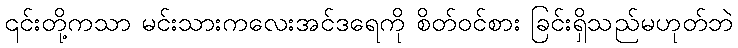
၎င်းတို့ကသာ မင်းသားကလေးအင်ဒရေကို စိတ်ဝင်စား ခြင်းရှိသည်မဟုတ်ဘဲ